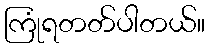
ကြုံရတတ်ပါတယ်။